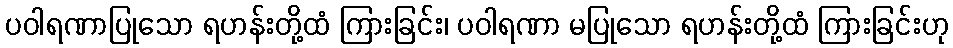
ပဝါရဏာပြုသော ရဟန်းတို့ထံ ကြားခြင်း၊ ပဝါရဏာ မပြုသော ရဟန်းတို့ထံ ကြားခြင်းဟု